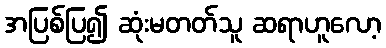
အပြစ်ပြ၍ ဆုံးမတတ်သူ ဆရာဟူလော့